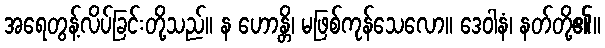
အရေတွန့်လိပ်ခြင်းတို့သည်။ န ဟောန္တိ၊ မဖြစ်ကုန်သေလော။ ဒေဝါနံ၊ နတ်တို့၏။